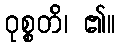
ဝုစ္စတိ၊ ၏။